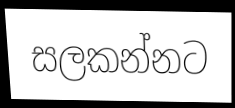
සලකන්නට